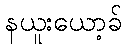
နယူးယော့ခ်